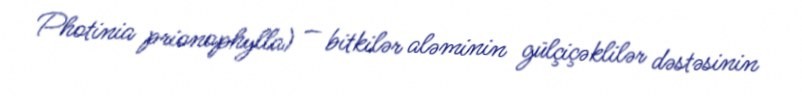
Photinia prionophylla) — bitkilər aləminin gülçiçəklilər dəstəsinin